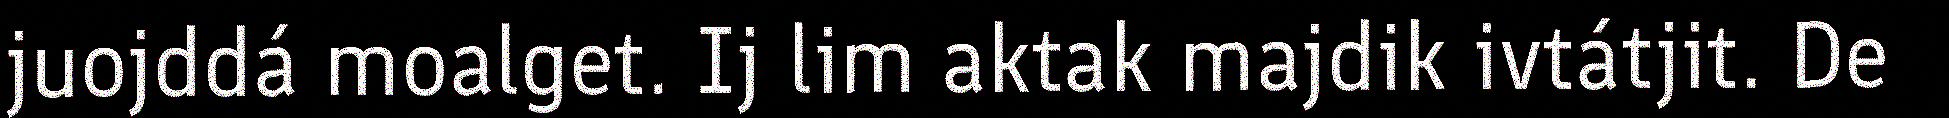
juojddá moalget. Ij lim aktak majdik ivtátjit. De